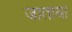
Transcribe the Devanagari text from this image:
जाताया